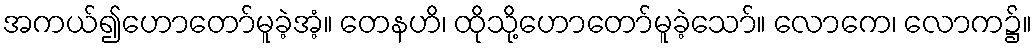
အကယ်၍ဟောတော်မူခဲ့အံ့။ တေနဟိ၊ ထိုသို့ဟောတော်မူခဲ့သော်။ လောကေ၊ လောက၌။